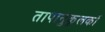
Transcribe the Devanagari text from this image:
तापानुकुलकों